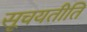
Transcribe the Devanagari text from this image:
सूचयतीति